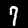
Digit: 7